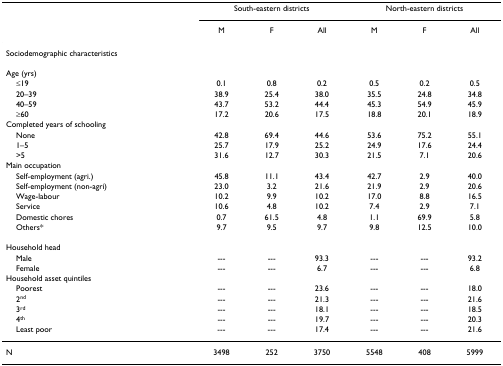
<table><thead><tr><td></td><td colspan="3"><b>South-eastern districts</b></td><td colspan="3"><b>North-eastern districts</b></td></tr><tr><td></td><td><b>M</b></td><td><b>F</b></td><td><b>All</b></td><td><b>M</b></td><td><b>F</b></td><td><b>All</b></td></tr></thead><tbody><tr><td colspan="7">Sociodemographic characteristics</td></tr><tr><td>Age (yrs)</td><td></td><td></td><td></td><td></td><td></td><td></td></tr><tr><td> ≤19</td><td>0.1</td><td>0.8</td><td>0.2</td><td>0.5</td><td>0.2</td><td>0.5</td></tr><tr><td> 20–39</td><td>38.9</td><td>25.4</td><td>38.0</td><td>35.5</td><td>24.8</td><td>34.8</td></tr><tr><td> 40–59</td><td>43.7</td><td>53.2</td><td>44.4</td><td>45.3</td><td>54.9</td><td>45.9</td></tr><tr><td> ≥60</td><td>17.2</td><td>20.6</td><td>17.5</td><td>18.8</td><td>20.1</td><td>18.9</td></tr><tr><td colspan="7">Completed years of schooling</td></tr><tr><td> None</td><td>42.8</td><td>69.4</td><td>44.6</td><td>53.6</td><td>75.2</td><td>55.1</td></tr><tr><td> 1–5</td><td>25.7</td><td>17.9</td><td>25.2</td><td>24.9</td><td>17.6</td><td>24.4</td></tr><tr><td> &gt;5</td><td>31.6</td><td>12.7</td><td>30.3</td><td>21.5</td><td>7.1</td><td>20.6</td></tr><tr><td colspan="7">Main occupation</td></tr><tr><td> Self-employment (agri.)</td><td>45.8</td><td>11.1</td><td>43.4</td><td>42.7</td><td>2.9</td><td>40.0</td></tr><tr><td> Self-employment (non-agri)</td><td>23.0</td><td>3.2</td><td>21.6</td><td>21.9</td><td>2.9</td><td>20.6</td></tr><tr><td> Wage-labour</td><td>10.2</td><td>9.9</td><td>10.2</td><td>17.0</td><td>8.8</td><td>16.5</td></tr><tr><td> Service</td><td>10.6</td><td>4.8</td><td>10.2</td><td>7.4</td><td>2.9</td><td>7.1</td></tr><tr><td> Domestic chores</td><td>0.7</td><td>61.5</td><td>4.8</td><td>1.1</td><td>69.9</td><td>5.8</td></tr><tr><td> Others*</td><td>9.7</td><td>9.5</td><td>9.7</td><td>9.8</td><td>12.5</td><td>10.0</td></tr><tr><td colspan="7">Household head</td></tr><tr><td> Male</td><td>---</td><td>---</td><td>93.3</td><td>---</td><td>---</td><td>93.2</td></tr><tr><td> Female</td><td>---</td><td>---</td><td>6.7</td><td>---</td><td>---</td><td>6.8</td></tr><tr><td colspan="7">Household asset quintiles</td></tr><tr><td> Poorest</td><td>---</td><td>---</td><td>23.6</td><td>---</td><td>---</td><td>18.0</td></tr><tr><td> 2<sup>nd</sup></td><td>---</td><td>---</td><td>21.3</td><td>---</td><td>---</td><td>21.6</td></tr><tr><td> 3<sup>rd</sup></td><td>---</td><td>---</td><td>18.1</td><td>---</td><td>---</td><td>18.5</td></tr><tr><td> 4<sup>th</sup></td><td>---</td><td>---</td><td>19.7</td><td>---</td><td>---</td><td>20.3</td></tr><tr><td> Least poor</td><td>---</td><td>---</td><td>17.4</td><td>---</td><td>---</td><td>21.6</td></tr><tr><td>N</td><td>3498</td><td>252</td><td>3750</td><td>5548</td><td>408</td><td>5999</td></tr></tbody></table>